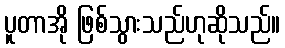
ပူတာအို ဖြစ်သွားသည်ဟုဆိုသည်။